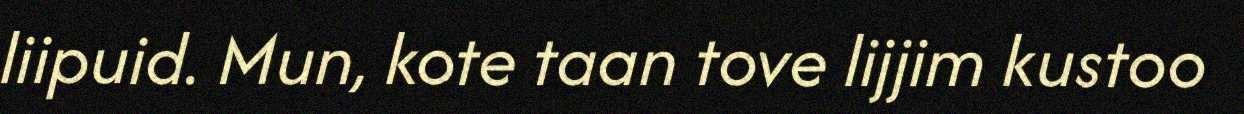
liipuid. Mun, kote taan tove lijjim kustoo